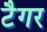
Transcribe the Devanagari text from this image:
टैगर